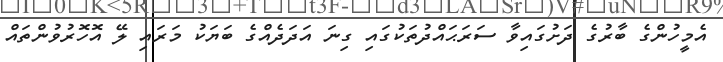
އެމީހުންގެ ބާރުގެ ދަށުގައިވާ ސަރަޙައްދުތަކުގައި ގިނަ އަދަދެއްގެ ބަޔަކު މަރައި ލޭ އޮހޮރުވުންތައް